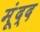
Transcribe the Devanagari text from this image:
मूंद्द